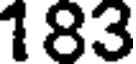
183